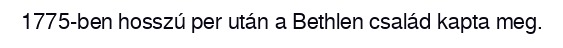
1775-ben hosszú per után a Bethlen család kapta meg.